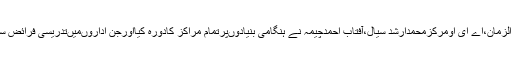
اس ضمن میںڈپٹی ڈسٹرکٹ ایجوکیشن آفیسرچوہدری قمر الزمان،اے ای اومرکزمحمدارشد سیال،آفتاب احمدچیمہ نے ہنگامی بنیادوںپرتمام مراکز کادورہ کیااورجن اداروںمیںتدریسی فرائض سرانجام دیئے جارہے تھے ان کوادارہ بندکرنے کاحکم دیا۔